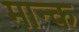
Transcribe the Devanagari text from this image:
मान्क